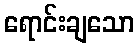
ရောင်းချသော